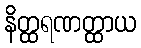
နိတ္ထရဏတ္ထာယ